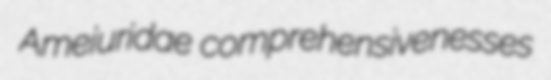
Ameiuridae comprehensivenesses